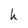
Character: h